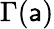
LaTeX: \Gamma(\mathsf{a})